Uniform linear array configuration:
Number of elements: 8
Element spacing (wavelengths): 1
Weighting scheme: blackman
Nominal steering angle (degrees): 45
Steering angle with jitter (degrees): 45.644
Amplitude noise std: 0.05
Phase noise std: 0.05

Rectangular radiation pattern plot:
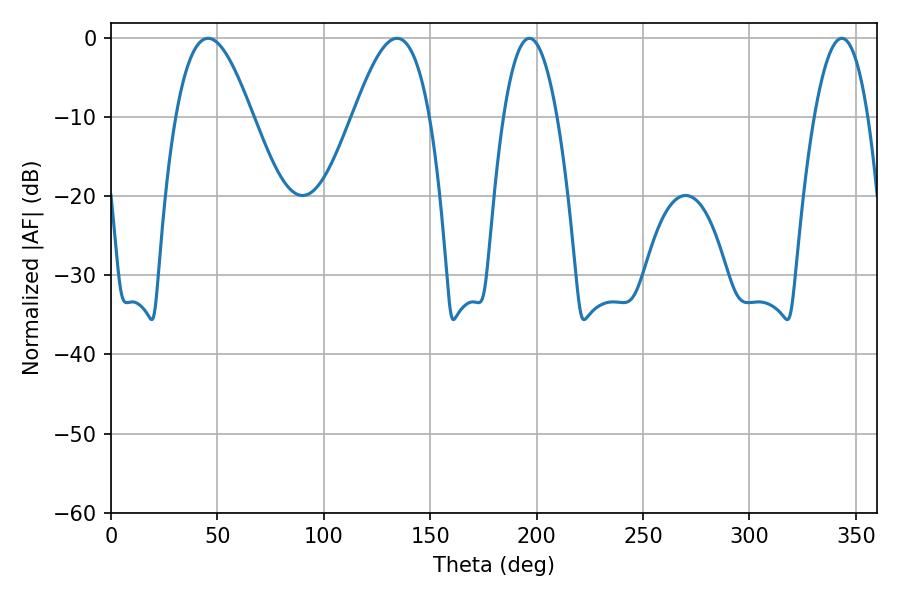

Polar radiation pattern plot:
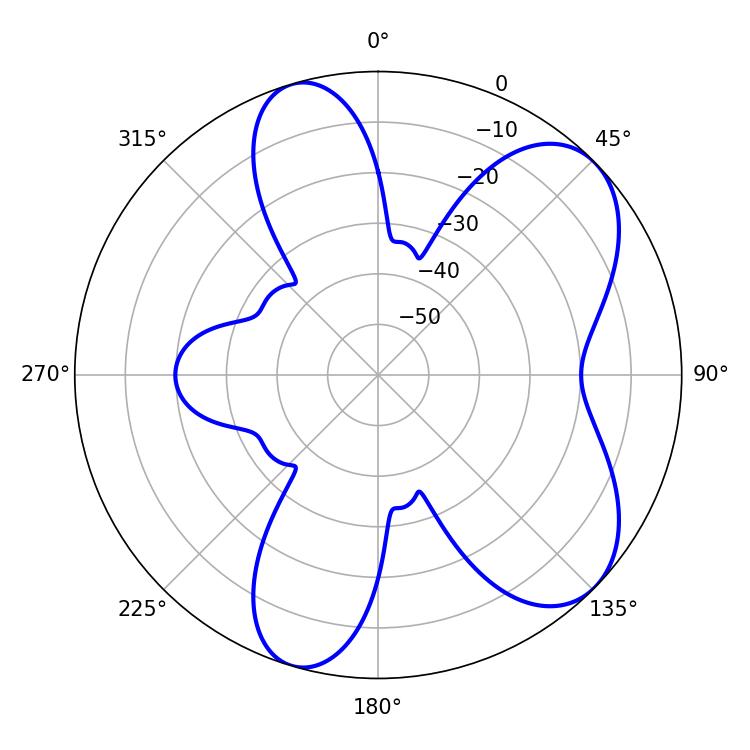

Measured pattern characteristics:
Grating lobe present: TRUE
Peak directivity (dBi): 7.066
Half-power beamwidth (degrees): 14.04
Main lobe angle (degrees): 196.56